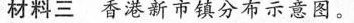
材料三香港新市镇分布示意图。